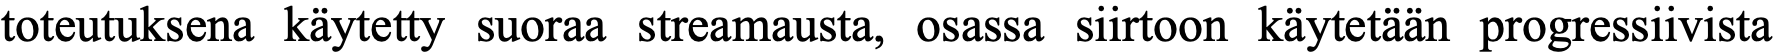
toteutuksena käytetty suoraa streamausta, osassa siirtoon käytetään progressiivista